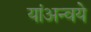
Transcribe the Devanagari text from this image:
यांअन्वये